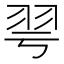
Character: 𦏻